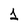
Character: 1